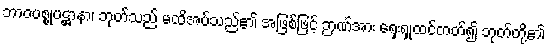
ဘာဝပစ္စုပဋ္ဌာနာ၊ ဘုတ်သည် မထိအပ်သည်၏ အဖြစ်ဖြင့် ဉာဏ်အား ရှေးရှုထင်တတ်၍ ဘုတ်တို့၏